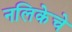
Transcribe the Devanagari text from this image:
नलिकेचे